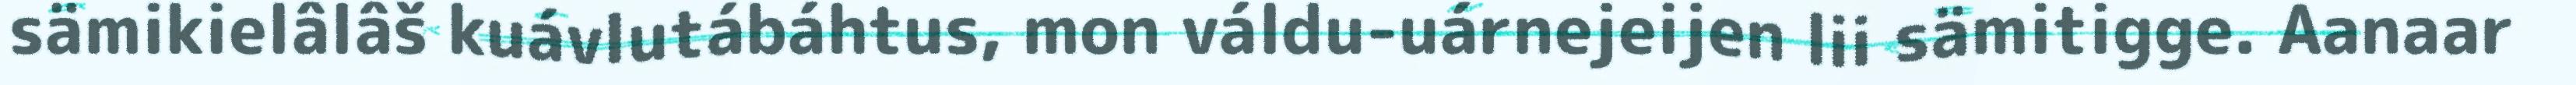
sämikielâlâš kuávlutábáhtus, mon váldu-uárnejeijen lii sämitigge. Aanaar